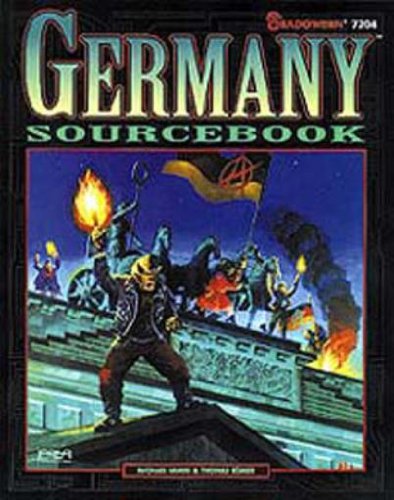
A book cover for Germany Sourcebook (Shadowrun, No. 7204); Michael Immig; Science Fiction & Fantasy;